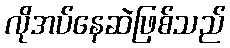
လိုအပ်နေဆဲဖြစ်သည်